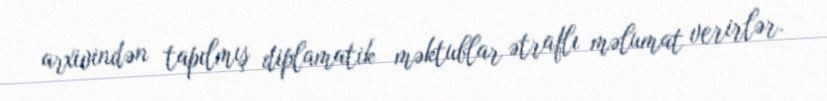
arxivindən tapılmış diplamatik məktublar ətraflı məlumat verirlər.